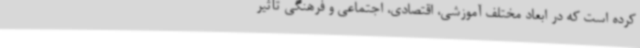
کرده است که در ابعاد مختلف آموزشی، اقتصادی، اجتماعی و فرهنگی تأثیر